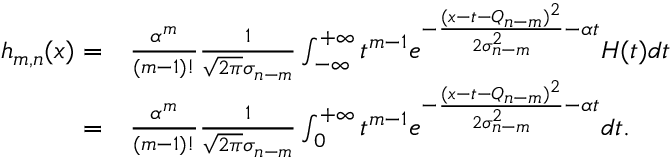
\begin{array} { r l } { h _ { m , n } ( x ) = } & { { } \frac { \alpha ^ { m } } { ( m - 1 ) ! } \frac { 1 } { \sqrt { 2 \pi } \sigma _ { n - m } } \int _ { - \infty } ^ { + \infty } t ^ { m - 1 } e ^ { - \frac { ( x - t - Q _ { n - m } ) ^ { 2 } } { 2 \sigma _ { n - m } ^ { 2 } } - \alpha t } H ( t ) d t } \\ { = } & { { } \frac { \alpha ^ { m } } { ( m - 1 ) ! } \frac { 1 } { \sqrt { 2 \pi } \sigma _ { n - m } } \int _ { 0 } ^ { + \infty } t ^ { m - 1 } e ^ { - \frac { ( x - t - Q _ { n - m } ) ^ { 2 } } { 2 \sigma _ { n - m } ^ { 2 } } - \alpha t } d t . } \end{array}